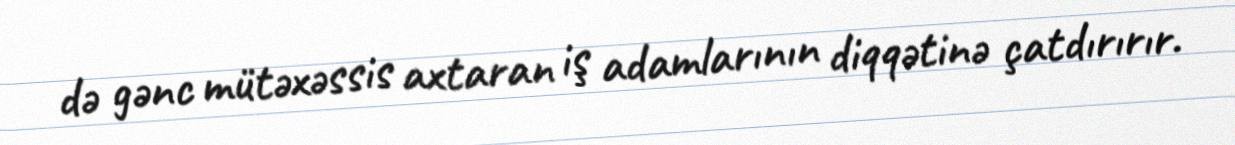
də gənc mütəxəssis axtaran iş adamlarının diqqətinə çatdırırır.